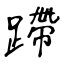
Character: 蹛